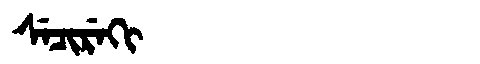
Manchu: ᠰᡝᠴᡳᡵᡝᡴᡳ
Romanization: SECIREKI